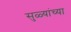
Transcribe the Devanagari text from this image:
सुळ्यांच्या